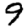
Digit: 9